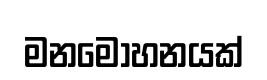
මනමෝහනයක්